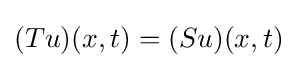
(Tu)(x,t)=(Su)(x,t)